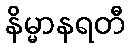
နိမ္မာနရတီ